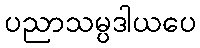
ပညာသမ္ပဒါယပေ